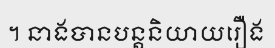
។ នាងបានបន្តនិយាយរឿង